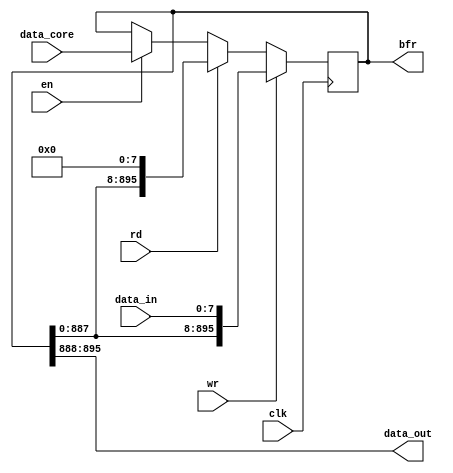
/*
 Designer: Mustafa Khairallah
 Nanyang Technological University
 Singapore
 Date: July, 2021
 */


/*
 This serial to parallel buffer takes the input byte-wise
 for one invocation of the masked cipher, and is then loaded
 into the cipher core in parallel. The output also can be
 read in byte-serial, starting from the most significant 
 bytes.
 */

module inout_serpar (/*AUTOARG*/
   // Outputs
   bfr, data_out,
   // Inputs
   data_in, data_core, wr, rd, clk, en
   ) ;
   output reg [128*7-1:0] bfr;
   output [7:0]           data_out;
   
   input [7:0]            data_in;
   input [128*7-1:0]      data_core;
   input                  wr, rd, clk, en;

   reg [6:0]              cnt;

   assign data_out = bfr[128*7-1:128*7-8];

   always @ (posedge clk) begin
      if (wr) begin
         bfr <= {bfr[128*7-9:0], data_in};
      end
      else if (rd) begin
         bfr <= {bfr[128*7-9:0], 8'h00};
      end
      else if (en) begin
         bfr <= data_core;       
      end
   end
   
endmodule // inout_serpar